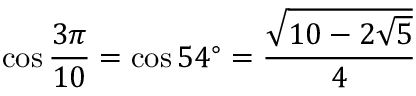
\cos { \frac { 3 \pi } { 1 0 } } = \cos 5 4 ^ { \circ } = { \frac { \sqrt { 1 0 - 2 { \sqrt { 5 } } } } { 4 } }